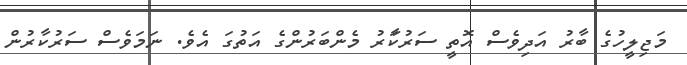
މަޖިލީހުގެ ބާރު އަދިވެސް އޮތީ ސަރުކާަރު މެންބަރުންގެ އަތުގަ އެވެ. ނަމަވެސް ސަރުކާރުން